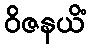
ဝိဇနယိံ